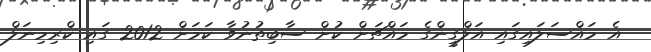
އެ މައްސަލައިގައި އަލްގީންގެ މައްޗަށް ކުށް ސާބިތުނުވާ ކަމަށް 2012 ގައި ކްރިމިނަލް